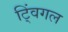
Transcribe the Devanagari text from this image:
ट्विंगल